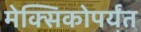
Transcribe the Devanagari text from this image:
मेक्सिकोपर्यंत